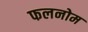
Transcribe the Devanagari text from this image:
फलनोम